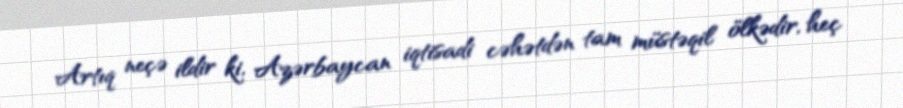
Artıq neçə ildir ki, Azərbaycan iqtisadi cəhətdən tam müstəqil ölkədir, heç